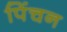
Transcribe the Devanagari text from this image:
पिंचन